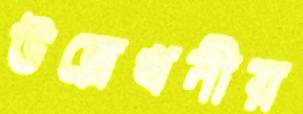
উল্লেখনীয়